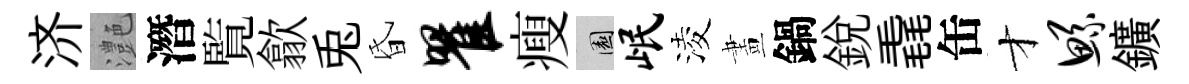
济灔潛覧歙兎昏瞿瘦園岷淩畫鍋銳毳缶才鲧鑛